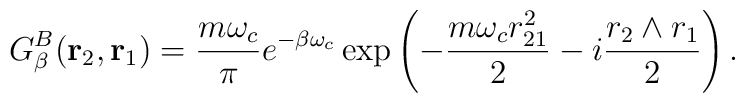
G_\beta^B({\rm\bf r}_2, {\rm\bf r}_1) ={{ m \omega_c} \over \pi} e^{-\beta \omega_c} \exp \left ( - {{ m \omega_c r_{21}^2 } \over 2 } - i {{r_2 \wedge r_1} \over 2 } \right ).